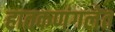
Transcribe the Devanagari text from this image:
हातकणंगलेत